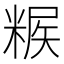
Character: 𥺶